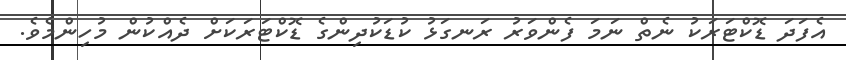
އެފަދަ ޑޮކްޓަރަކު ނެތް ނަމަ ފެންވަރު ރަނގަޅު ކުޑަކުދިންގެ ޑޮކްޓަރަކަށް ދެއްކުން މުހިންމެވެ.